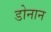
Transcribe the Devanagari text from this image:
डोनान